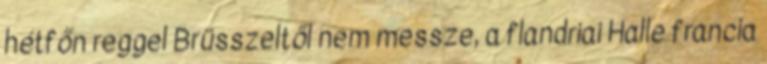
hétfőn reggel Brüsszeltől nem messze, a flandriai Halle francia